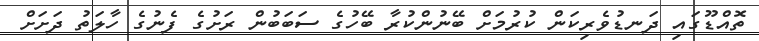
ތޮއްޑޫގައި ދަނޑުވެރިކަން ކުރުމަށް ބޭނުންކުރާ ބޭހުގެ ސަބަބުން ރަށުގެ ފެނުގެ ހާލަތު ދަށަށް